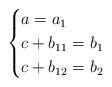
LaTeX: \begin{align*}\begin{cases}a=a_{1}\\c+b_{11}=b_{1}\\c+b_{12}=b_{2}\end{cases}\end{align*}